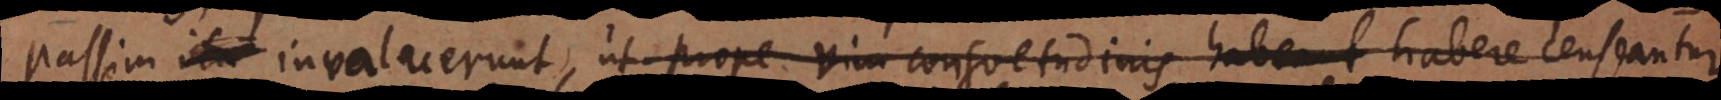
passim invaluerunt, ut prope vim consuetudinis habeant habere censeantur,